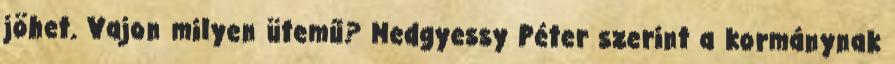
jöhet. Vajon milyen ütemű? Medgyessy Péter szerint a kormánynak